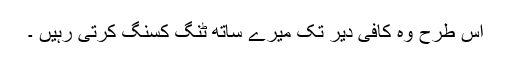
اس طرح وہ کافی دیر تک میرے ساتھ ٹنگ کسنگ کرتی رہیں ۔